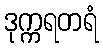
ဒုက္ကရတရံ